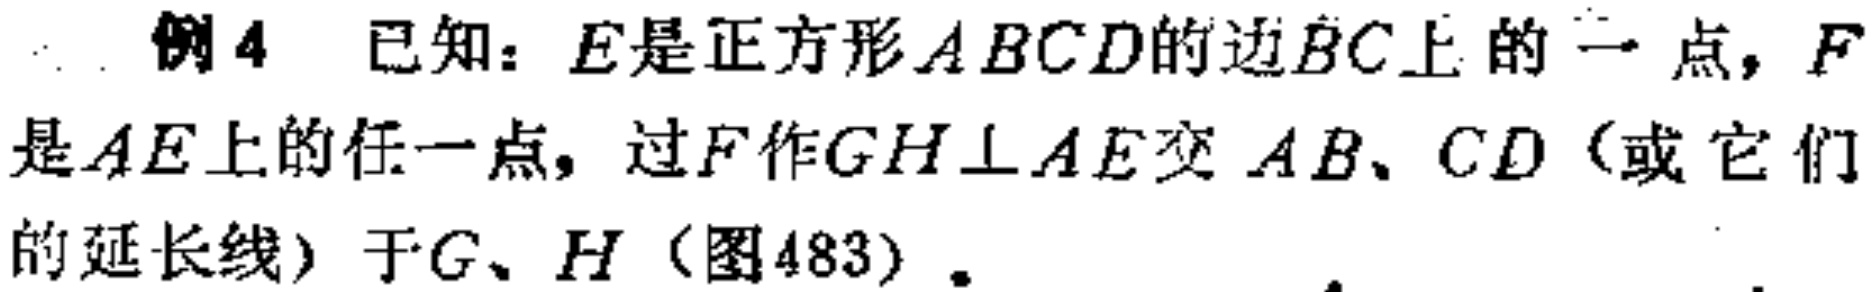
例4 已知：\(E\)是正方形\(ABCD\)的边\(BC\)上的一点，\(F\)是\(AE\)上的任一点，过\(F\)作\(GH\perp AE\)交 \(AB、CD\)（或它们的延长线）于\(G、H\)（图483）。